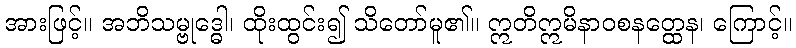
အားဖြင့်။ အဘိသမ္ဗုဒ္ဓေါ၊ ထိုးထွင်း၍ သိတော်မူ၏။ ဣတိဣမိနာဝစနတ္ထေန၊ ကြောင့်။